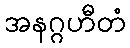
အနဂ္ဂဟီတံ